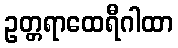
ဥတ္တရာထေရီဂါထာ